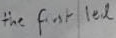
Text: the first led